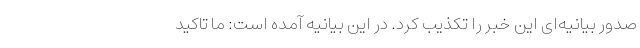
صدور بیانیه‌ای این خبر را تکذیب کرد. در این بیانیه آمده است: ما تاکید